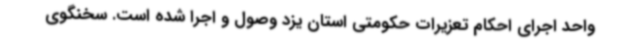
واحد اجرای احکام تعزیرات حکومتی استان یزد وصول و اجرا شده است. سخنگوی